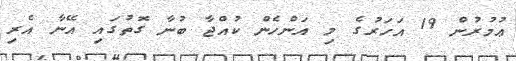
ޢުމުރުން 19 އަހަރުގެ މި އަންހެން ކުއްޖާ ބުނާ ގޮތުގައި އޭނާ އެރި